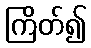
ကြိတ်၍